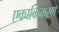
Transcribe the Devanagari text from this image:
एकाकिकरण